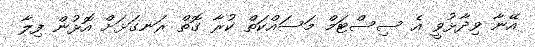
އޭނާ ވިދާޅުވީ އެ ސިސްޓަމް މަސައްކަތް ކުރާ ގޮތް ރަނގަޅަށް އޮޅުން ފިލާ